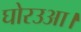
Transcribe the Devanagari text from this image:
घोरउआ।